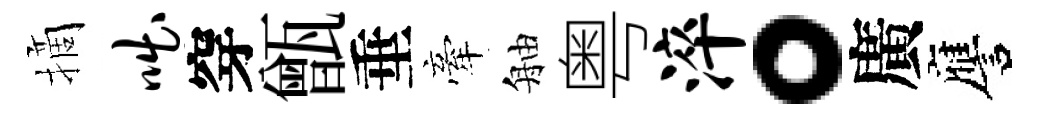
摘咄穿甑垂牽舳粤淬。廣譍